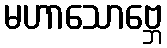
မဟာသောဗ္ဘေ